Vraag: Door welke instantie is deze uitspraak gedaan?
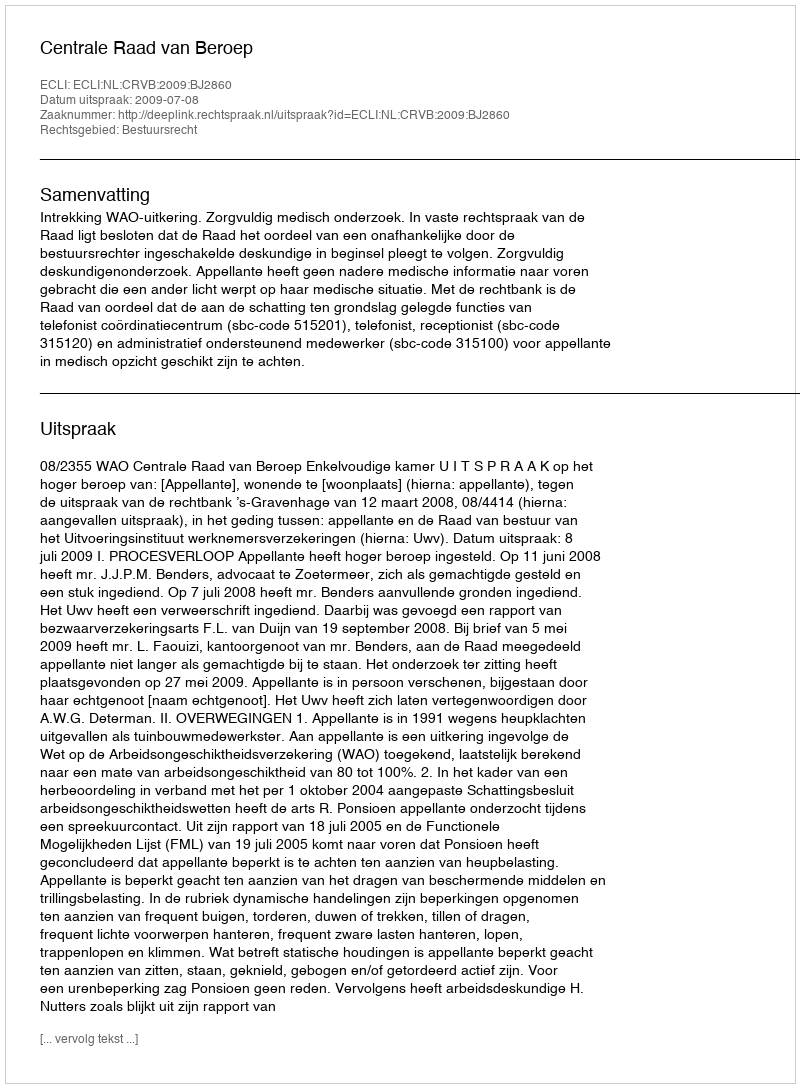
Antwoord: Centrale Raad van Beroep